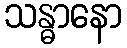
သန္ဓာနော